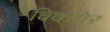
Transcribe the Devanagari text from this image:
विक्टोर